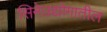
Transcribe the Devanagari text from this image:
सिनेउद्योगातील